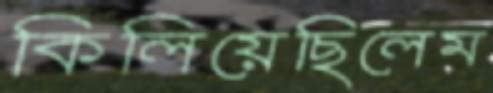
কিলিয়েছিলেম